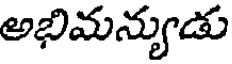
అభిమన్యుడు